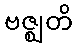
ဗဇ္ဈတိ